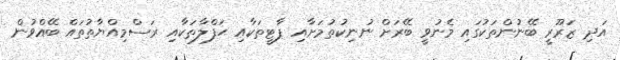
އަދި ޒަރޫރީ ބޭނުންތަކުގައި މެނުވީ ބޭރަށް ނުނިކުތުމަށާއި ޕާޓީތަކާއި ޙަފްލާތަކާއި ރަސްމިއްޔާތުތައް ބޭއްވުން